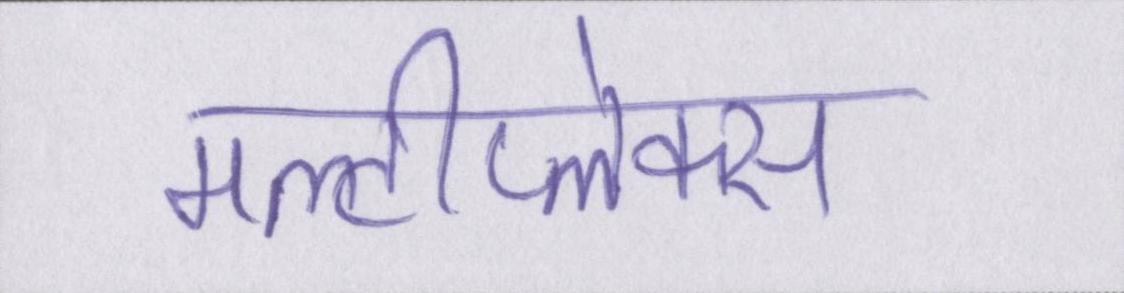
मल्टीप्लेक्स